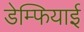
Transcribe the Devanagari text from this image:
डेम्फियाई